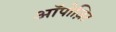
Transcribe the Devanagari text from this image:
ऑपोज़िट